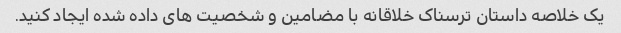
یک خلاصه داستان ترسناک خلاقانه با مضامین و شخصیت های داده شده ایجاد کنید.